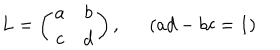
L = \left( \begin{array} { c c } { { a } } & { { b } } \\ { { c } } & { { d } } \\ \end{array} \right) , ( a d - b c = 1 )